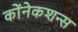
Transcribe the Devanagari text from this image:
कोंनेकशन्स